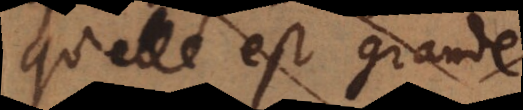
qu’elle est grand